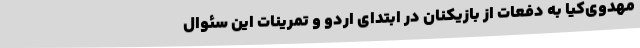
مهدوی‌کیا به دفعات از بازیکنان در ابتدای اردو و تمرینات این سئوال